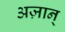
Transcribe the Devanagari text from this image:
अज़ान्